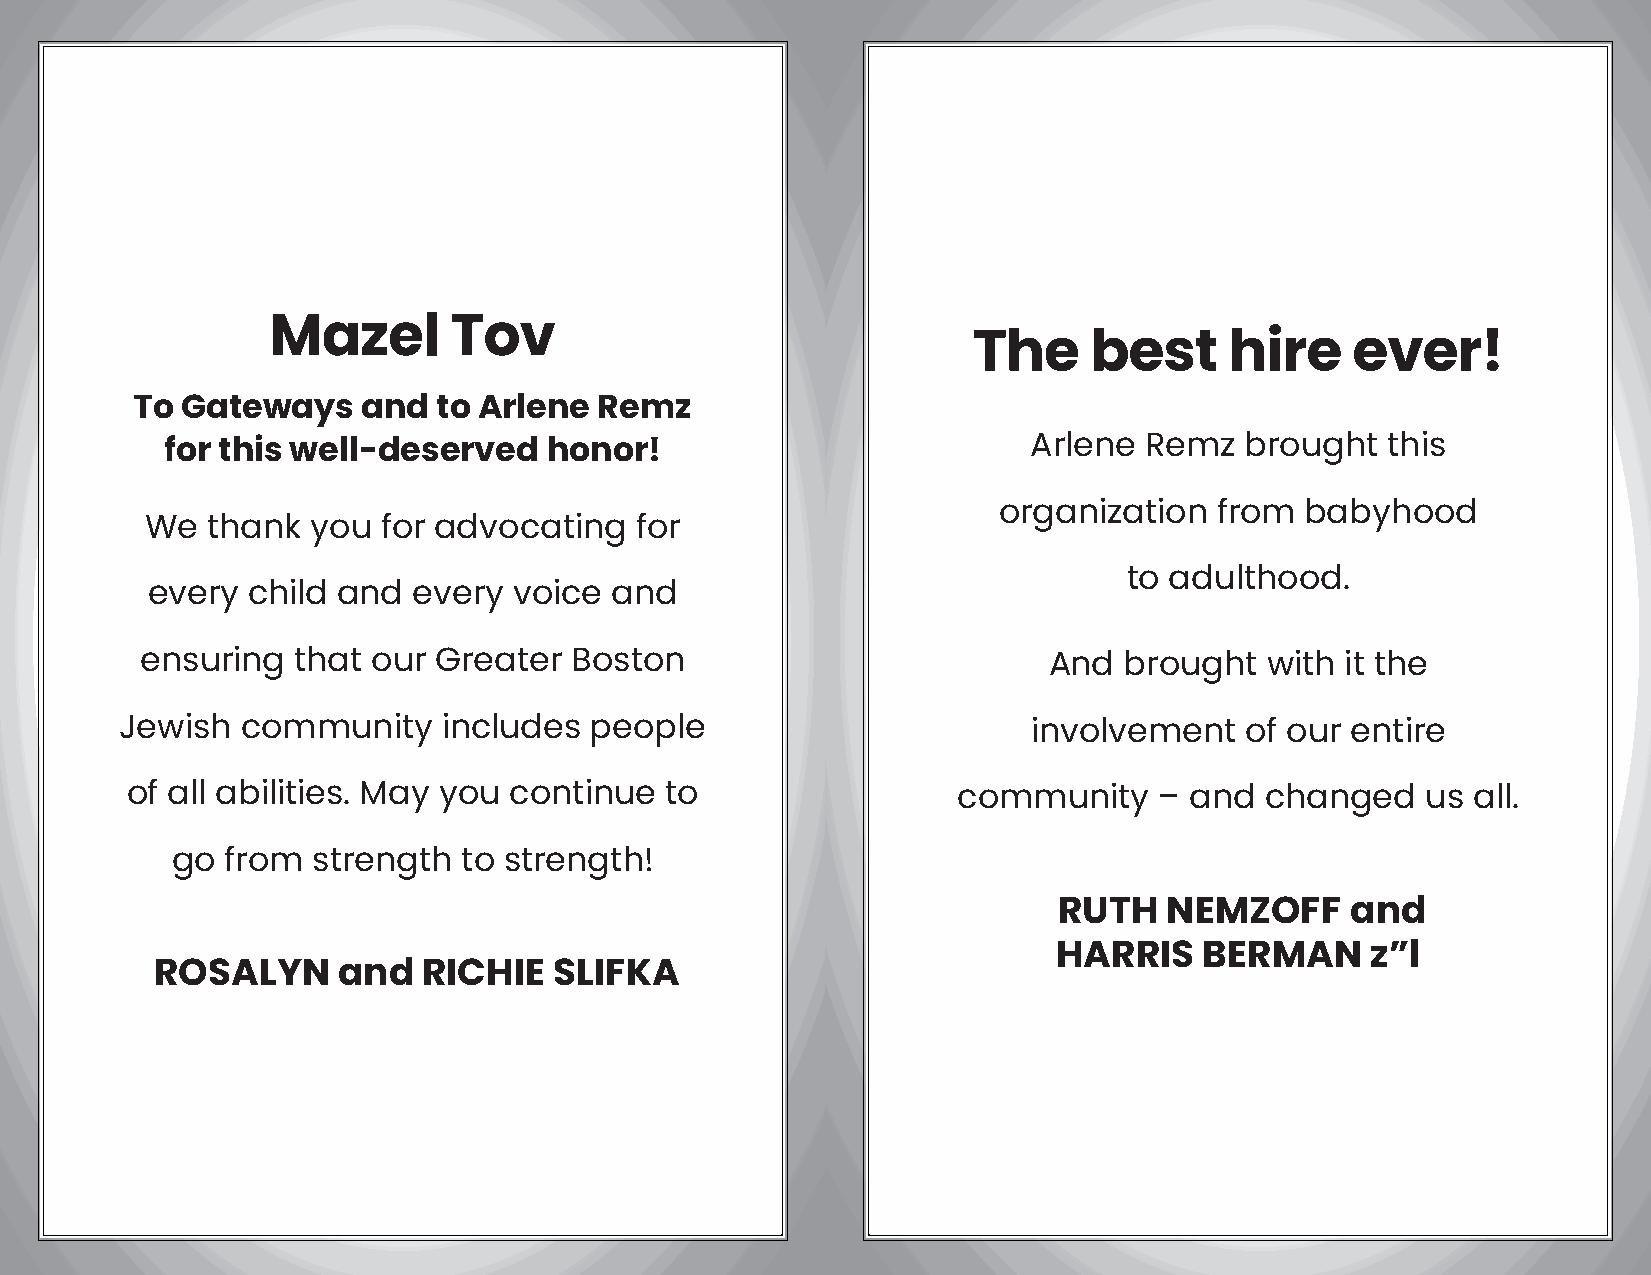
Mazel       Tov
 The     best     hire    ever!
 To Gateways    and  to Arlene  Remz
 Arlene  Remz  brought   this
 for this well-deserved   honor!
 organization   from babyhood
 We  thank  you for advocating   for
 to adulthood.
 every child and  every  voice and
 ensuring  that  our Greater  Boston                         And  brought   with it the
 Jewish  community    includes  people                       involvement   of our entire
 of all abilities. May you continue  to                 community     – and  changed   us all.
 go  from  strength  to strength!
 RUTH   NEMZOFF     and
 HARRIS    BERMAN     z”l
 ROSALYN     and   RICHIE   SLIFKA